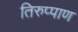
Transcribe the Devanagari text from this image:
तिरुप्पाण